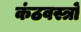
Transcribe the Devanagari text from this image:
कंठवस्त्रों